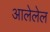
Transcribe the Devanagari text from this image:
आलेलेल